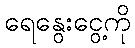
ရေနွေးငွေ့ကို